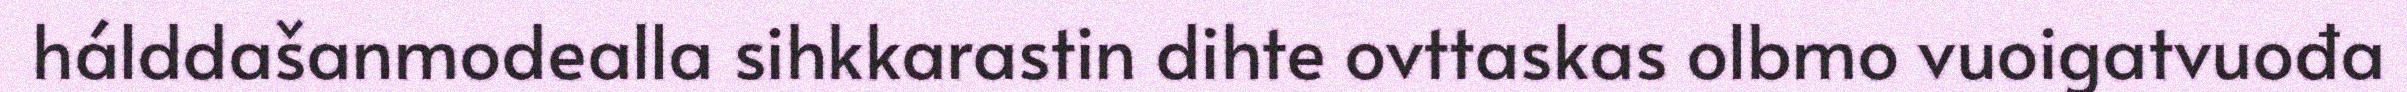
hálddašanmodealla sihkkarastin dihte ovttaskas olbmo vuoigatvuođa